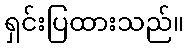
ရှင်းပြထားသည်။